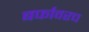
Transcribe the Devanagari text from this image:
बर्फावरच